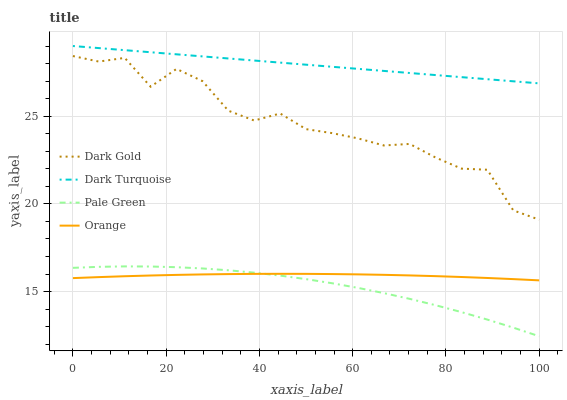
| xaxis_label | Dark Gold | Dark Turquoise | Pale Green | Orange |
 | --- | --- | --- | --- | --- |
 | 0 | 28.4 | 29 | 16.4 | 15.8 |
 | 5.56 | 28.1 | 28.9 | 16.4 | 15.8 |
 | 11.1 | 28.3 | 28.8 | 16.4 | 15.9 |
 | 16.7 | 26.7 | 28.6 | 16.4 | 15.9 |
 | 22.2 | 27.7 | 28.5 | 16.4 | 15.9 |
 | 27.8 | 27 | 28.4 | 16.3 | 16 |
 | 33.3 | 25.3 | 28.3 | 16.2 | 16 |
 | 38.9 | 24.7 | 28.2 | 16.1 | 16 |
 | 44.4 | 25.2 | 28.1 | 15.9 | 16 |
 | 50 | 24.3 | 27.9 | 15.7 | 16 |
 | 55.6 | 24 | 27.8 | 15.5 | 16 |
 | 61.1 | 23.7 | 27.7 | 15.2 | 16 |
 | 66.7 | 23.3 | 27.6 | 14.9 | 16 |
 | 72.2 | 23.4 | 27.5 | 14.6 | 15.9 |
 | 77.8 | 22.6 | 27.3 | 14.2 | 15.9 |
 | 83.3 | 22 | 27.2 | 13.8 | 15.8 |
 | 88.9 | 21.9 | 27.1 | 13.4 | 15.8 |
 | 94.4 | 19.6 | 27 | 12.9 | 15.7 |
 | 100 | 19.1 | 26.9 | 12.5 | 15.6 |